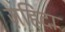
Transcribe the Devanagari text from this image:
ज़हिदा